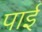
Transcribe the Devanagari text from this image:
पार्इ